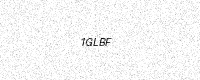
Text: 1GLBF